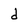
Character: d